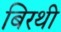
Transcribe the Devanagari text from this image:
बिरथी